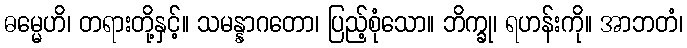
ဓမ္မေဟိ၊ တရားတို့နှင့်။ သမန္နာဂတော၊ ပြည့်စုံသော။ ဘိက္ခု၊ ရဟန်းကို။ အာဘတံ၊